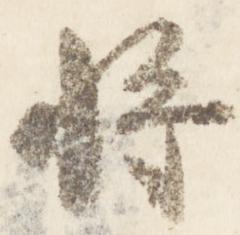
将